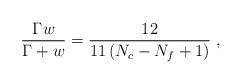
LaTeX: \begin{align*}\frac{\Gamma w}{\Gamma + w} =\frac{12}{11\left(N_c - N_f +1\right)} \ ,\end{align*}